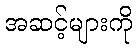
အဆင့်များကို